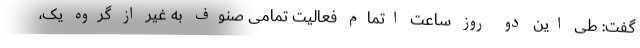
گفت: طی این دو روز ساعت اتمام فعالیت تمامی صنوف به غیر از گروه یک،